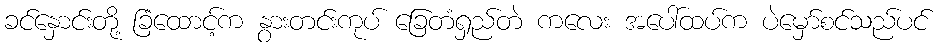
ခင်နှောင်းတို့ ခြံထောင့်က နွားတင်းကုပ် ခြေတံရှည်တဲ ကလေး အပေါ်ထပ်က ပဲမှော်စင်သည်ပင်